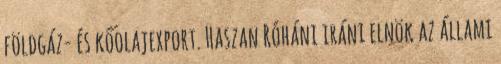
földgáz- és kőolajexport. Haszan Róháni iráni elnök az állami